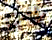
راقب